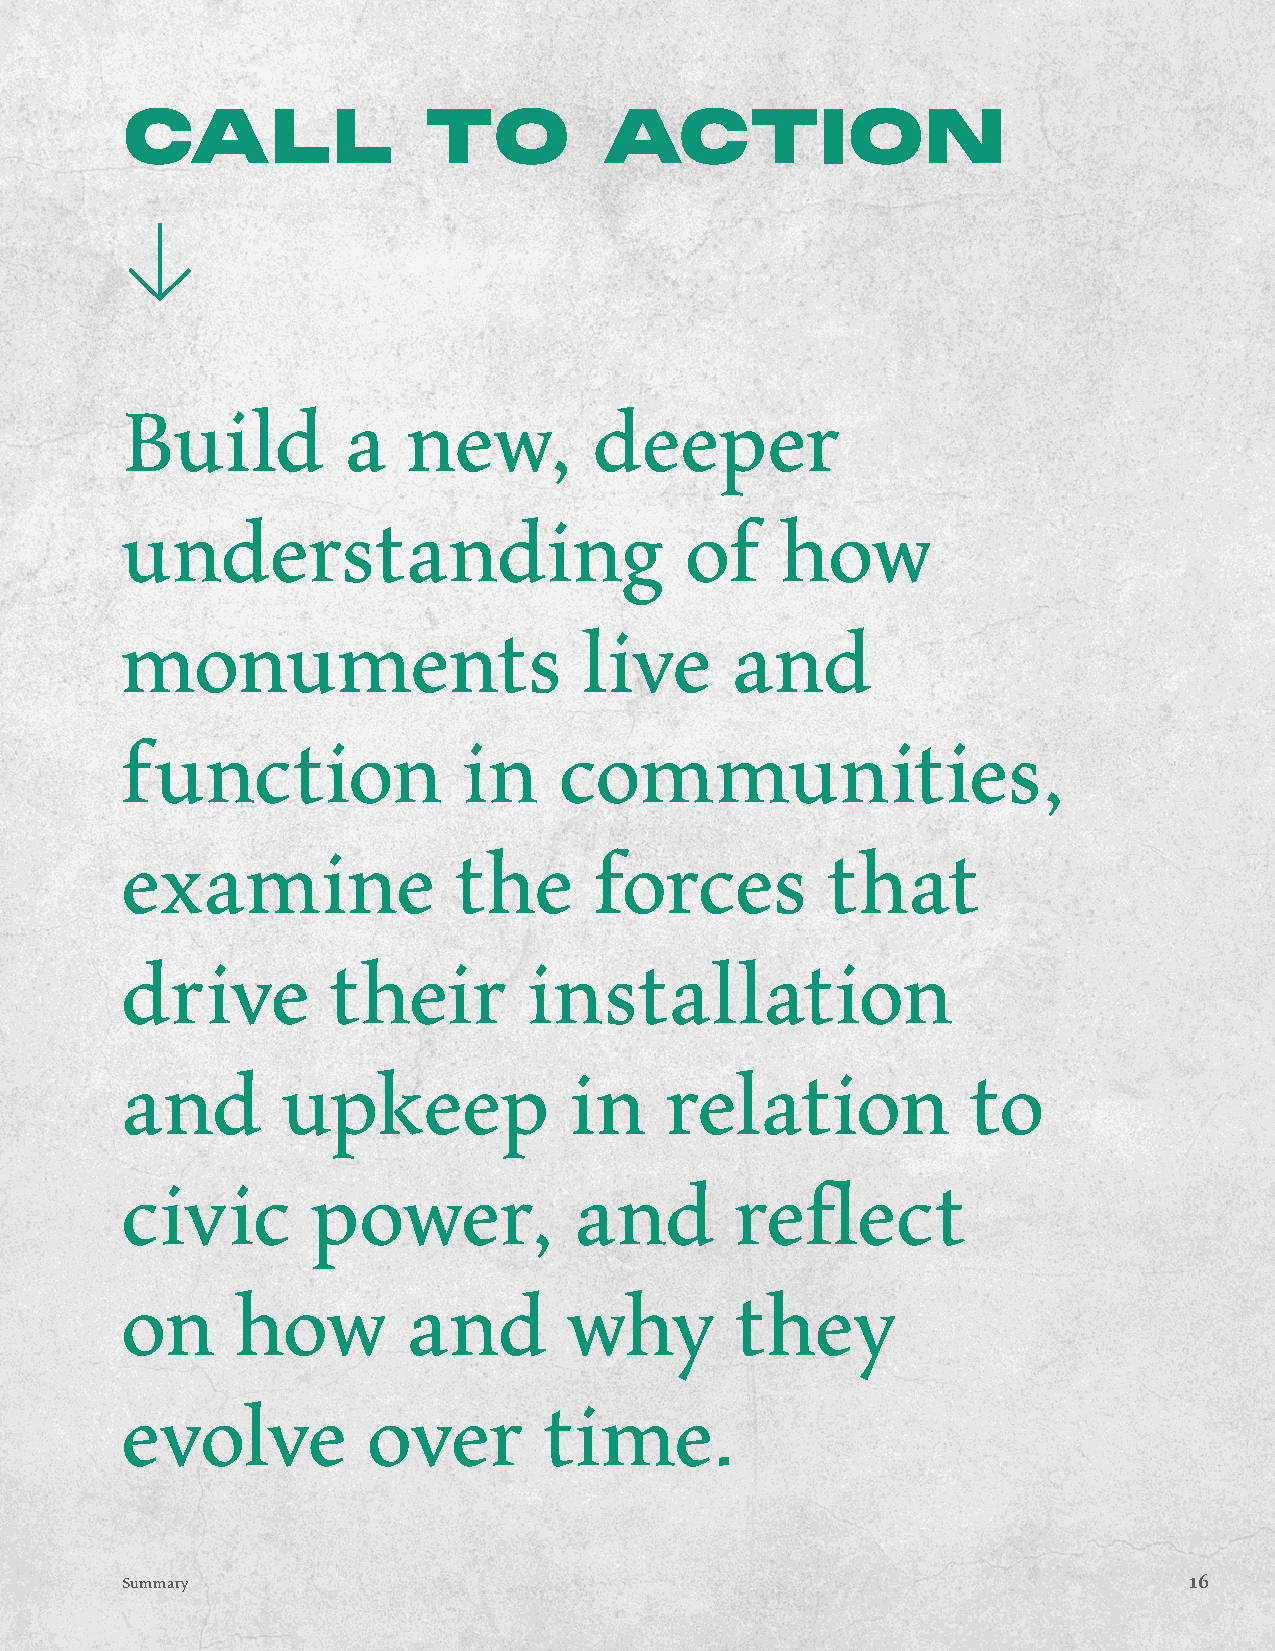
CALL                TO          ACTION
 Build          a   new,        deeper
 understanding                        of     how
 monuments                      live     and
 function               in    communities,
 examine               the      forces          that
 drive         their        installation
 and        upkeep             in    relation            to
 civic        power,           and        reflect
 on      how        and        why        they
 evolve          over        time.
 Summary                                                                16